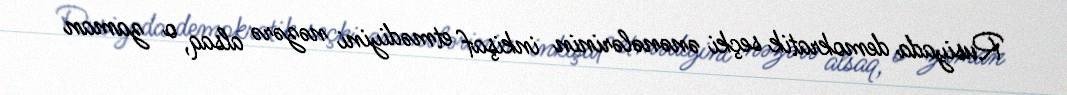
Rusiyada demokratik seçki ənənələrinin inkişaf etmədiyini nəzərə alsaq, o zaman